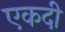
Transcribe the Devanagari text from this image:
एकदी